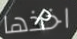
اخذها